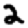
Digit: 2